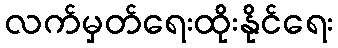
လက်မှတ်ရေးထိုးနိုင်ရေး